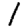
Digit: 1